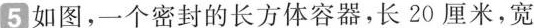
5 如图，一个密封的长方体容器，长20厘米，宽